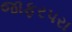
જાફરપરા